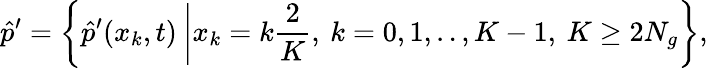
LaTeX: \hat{p}^{\prime}=\left\{ \hat{p}^{\prime}(x_{k},t)\: \middle\vert x_{k}=k\frac{2}{K},\: k=0,1,..,K-1,\: K\geq 2N_{g}\right\} ,